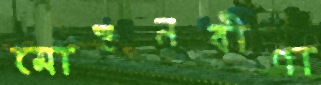
মোহনবীণা